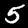
Label: 5